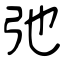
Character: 弛